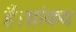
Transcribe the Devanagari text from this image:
हैं।शांकव